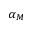
\alpha _ { M }